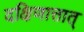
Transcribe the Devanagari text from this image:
दक्षिणात्तात्